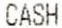
CASH